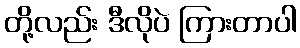
တို့လည်း ဒီလိုပဲ ကြားတာပါ